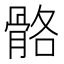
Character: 骼